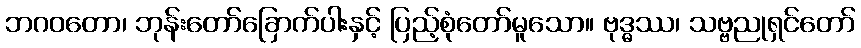
ဘဂဝတော၊ ဘုန်းတော်ခြောက်ပါးနှင့် ပြည့်စုံတော်မူသော။ ဗုဒ္ဓဿ၊ သဗ္ဗညုရှင်တော်